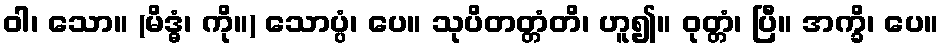
ဝါ၊ သော။ (မိဒ္ဓံ၊ ကို။) သောပ္ပံ၊ ပေ။ သုပိတတ္တံတိ၊ ဟူ၍။ ဝုတ္တံ၊ ပြီ။ အက္ခိ၊ ပေ။